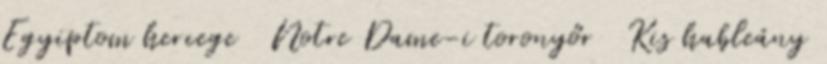
Egyiptom hercege Notre Dame-i toronyőr Kis hableány